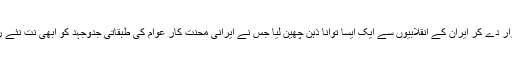
رضا شاہ نے اس قتل کو ’’قدرتی موت‘‘ قرار دے کر ایران کے انقلابیوں سے ایک ایسا توانا ذہن چھین لیا جس نے ایرانی محنت کار عوام کی طبقاتی جدوجہد کو ابھی نت نئے راستوں اور منزلوں سے روشناس کرنا تھا۔